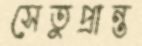
সেতুপ্রান্ত